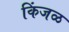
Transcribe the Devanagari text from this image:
किंजळ